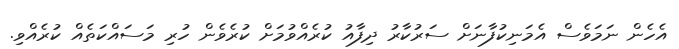
އެހެން ނަމަވެސް އެމަނިކުފާނަށް ސަރުކާރު ދިފާއު ކުރެއްވުމަށް ކުރެވެން ހުރި މަސައްކަތެއް ކުރެއްވި.